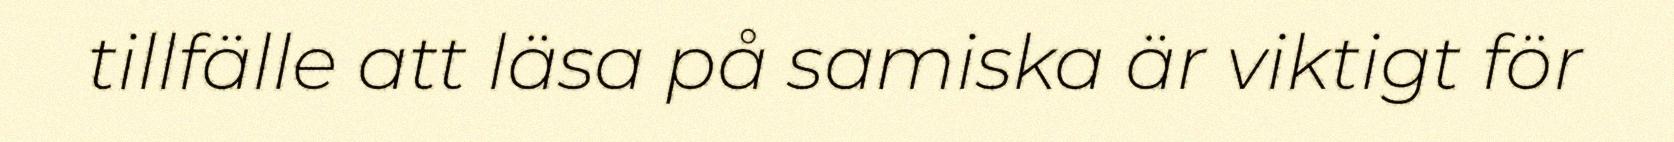
tillfälle att läsa på samiska är viktigt för